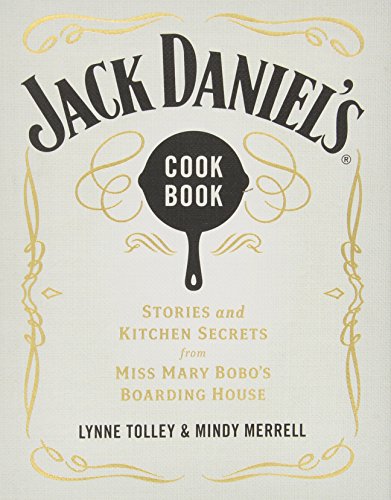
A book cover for Jack Daniel's Cookbook: Stories and Kitchen Secrets from Miss Mary Bobo's Boarding House; Lynne Tolley; Cookbooks, Food & Wine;